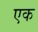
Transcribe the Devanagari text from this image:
एक